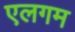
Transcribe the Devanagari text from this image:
एलगम